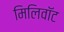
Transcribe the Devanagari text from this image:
मिलिवॉट